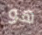
هو